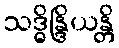
သဒ္ဓိန္ဒြိယန္တိ